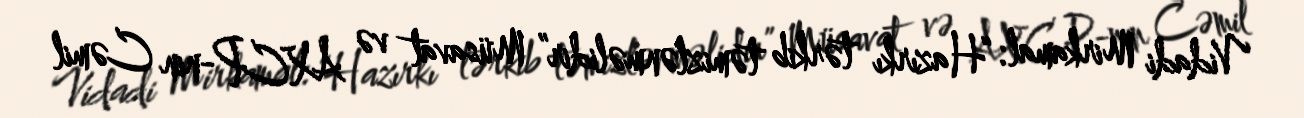
Vidadi Mirkamal: “Hazırkı tərkib təmizlənməlidir” Müsavat və AXCP-nin Cəmil